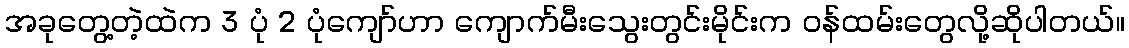
အခုတွေ့တဲ့ထဲက 3 ပုံ 2 ပုံကျော်ဟာ ကျောက်မီးသွေးတွင်းမိုင်းက ဝန်ထမ်းတွေလို့ဆိုပါတယ်။